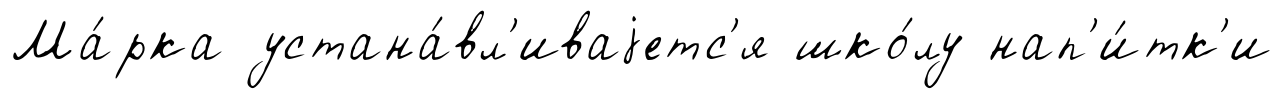
Ма́рка устана́вл'иваjетс'я шко́лу нап'и́тк'и